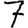
Digit: 7